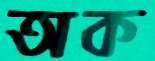
অক